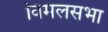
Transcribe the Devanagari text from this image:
विमलसभा